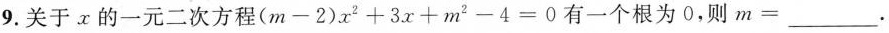
9.关于x的一元二次方程$$( m - 2 ) x ^ { 2 }